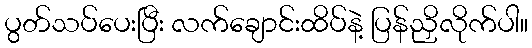
ပွတ်သပ်ပေးပြီး လက်ချောင်းထိပ်နဲ့ ပြန်ညှိလိုက်ပါ။